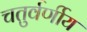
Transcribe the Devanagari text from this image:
चतुर्वर्णीय